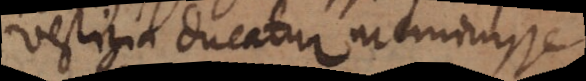
vestigia ducatur meminisse